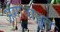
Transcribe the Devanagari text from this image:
अंगाबाबत